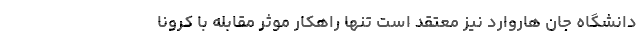
دانشگاه جان هاروارد نیز معتقد است تنها راهکار موثر مقابله با کرونا